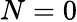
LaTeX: N=0